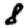
Digit: 8